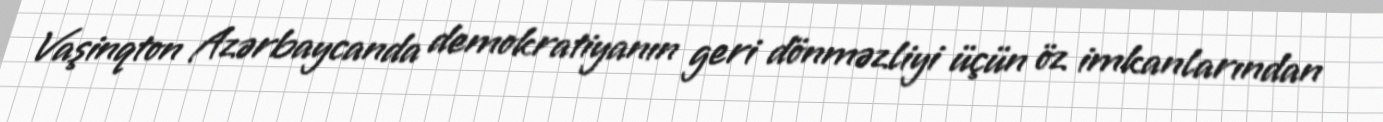
Vaşinqton Azərbaycanda demokratiyanın geri dönməzliyi üçün öz imkanlarından